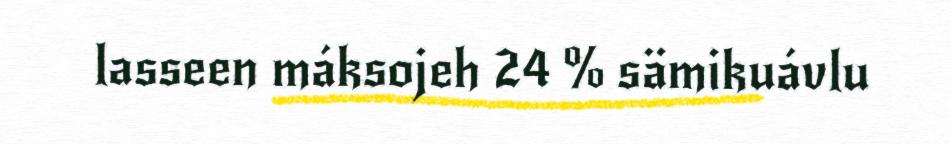
lasseen máksojeh 24 % sämikuávlu